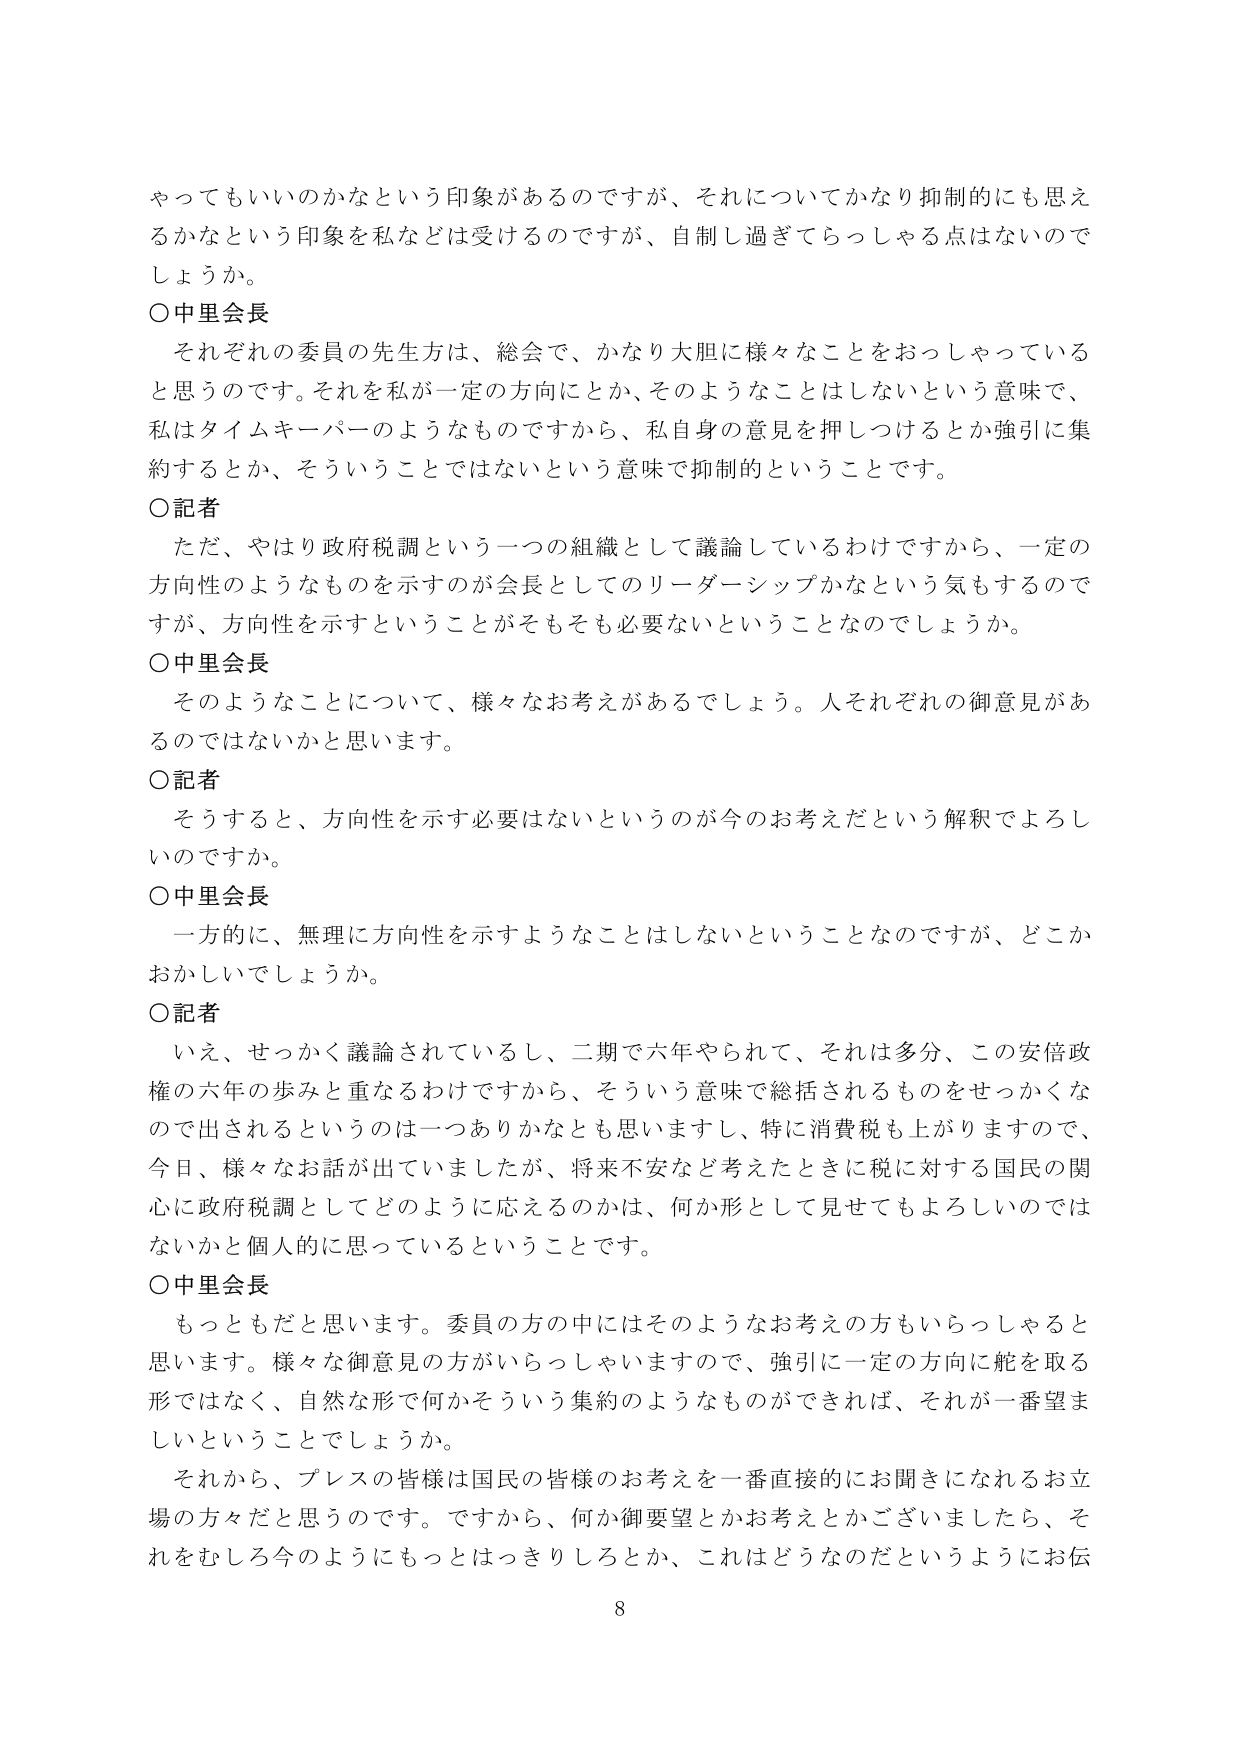
やってもいいのかなという印象があるのですが、それについてかなり抑制的にも思えるかなという印象を私などは受けるのですが、自制し過ぎてらっしゃる点はないのでしょうか。

○中里会長
それぞれの委員の先生方は、総会で、かなり大胆に様々なことをおっしゃっていると思うのです。それを私が一定の方向にとか、そのようなことはしないという意味で、私はタイムキーパーのようなものですから、私自身の意見を押しつけるとか強引に集約するとか、そういうことではないという意味で抑制的ということです。

○記者
ただ、やはり政府税調という一つの組織として議論しているわけですから、一定の方向性のようなものを示すのが会長としてのリーダーシップかなという気もするのですが、方向性を示すということがそもそも必要ないということなのでしょうか。

○中里会長
そのようなことについて、様々なお考えがあるでしょう。人それぞれの御意見があるのではないかと思います。

○記者
そうすると、方向性を示す必要はないというのが今のお考えだという解釈でよろしいのですか。

○中里会長
一方的に、無理に方向性を示すようなことはしないということなのですが、どこかおかしいでしょうか。

○記者
いえ、せっかく議論されているし、二期で六年やられて、それは多分、この安倍政権の六年の歩みと重なるわけですから、そういう意味で総括されるものをせっかくなので出されるというのは一つありかなとも思いますし、特に消費税も上がりますので、今日、様々なお話が出ていましたが、将来不安など考えたときに税に対する国民の関心に政府税調としてどのように応えるのかは、何か形として見せてもらえないかと個人的に思っているということです。

○中里会長
もっともだと思います。委員の方の中にはそのようなお考えの方もいらっしゃると思います。様々な御意見の方がいらっしゃいますので、強引に一定の方向に舵を取る形ではなく、自然な形で何かそういう集約のようなものができれば、それが一番望ましいということでしょうか。

それから、プレスの皆様は国民の皆様のお考えを一番直接的にお聞きになれるお立場の方々だと思うのです。ですから、何か御要望とかお考えとかございましたら、それをむしろ今のようにもっとはっきりしろとか、これはどうなのだというようにお伝

8